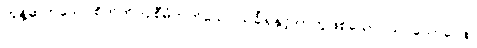
တွန့်ဆုတ်သော စိတ်ကို ပြုစီမံတတ်သော သင်္ခါရနှင့် တကွဖြစ်သော။ သပ္ပယောဂေန၊